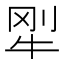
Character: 𱭭